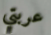
عربتي